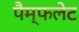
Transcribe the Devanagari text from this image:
पैम्‍फलेट